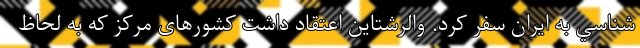
شناسي به ايران سفر كرد. والرشتاين اعتقاد داشت کشورهای مرکز که به لحاظ